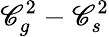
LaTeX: \mathscr{C}_{g}^{2}-\mathscr{C}_{s}^{2}